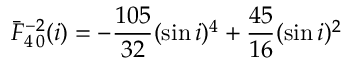
\bar { F } _ { 4 \, 0 } ^ { - 2 } ( i ) = - \frac { 1 0 5 } { 3 2 } ( \sin i ) ^ { 4 } + \frac { 4 5 } { 1 6 } ( \sin i ) ^ { 2 }